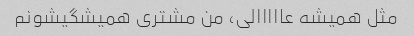
مثل همیشه عااااالی، من مشتری همیشگیشونم